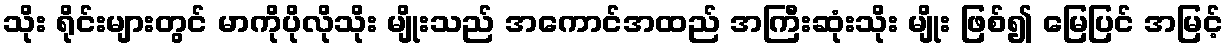
သိုး ရိုင်းများတွင် မာကိုပိုလိုသိုး မျိုးသည် အကောင်အထည် အကြီးဆုံးသိုး မျိုး ဖြစ်၍ မြေပြင် အမြင့်